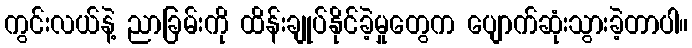
ကွင်းလယ်နဲ့ ညာခြမ်းကို ထိန်းချုပ်နိုင်ခဲ့မှုတွေက ပျောက်ဆုံးသွားခဲ့တာပါ။